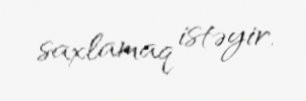
saxlamaq istəyir.